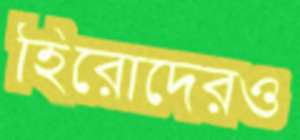
হিরোদেরও